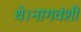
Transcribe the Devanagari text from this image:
थे।नागवंशी